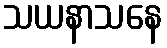
သယနာသနေ